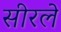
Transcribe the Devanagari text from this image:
सीरले